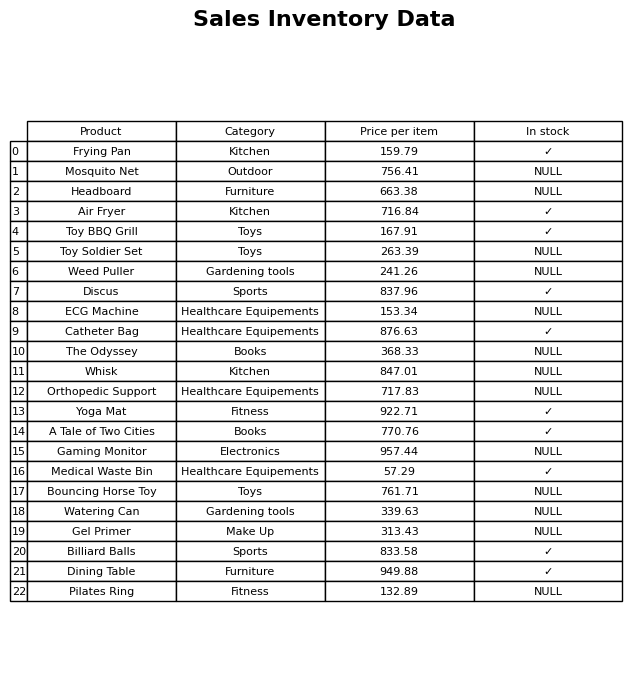
question: What is the price for Yoga Mat?
answer: The price of Yoga Mat is 922.71.